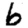
Digit: 6